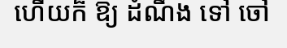
ហើយក៏ ឱ្យ ដំណឹង ទៅ ចៅ